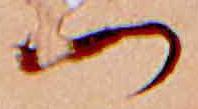
つ